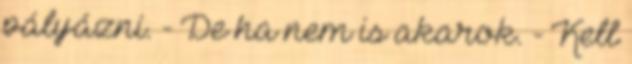
pályázni. - De ha nem is akarok. - Kell